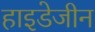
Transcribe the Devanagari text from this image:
हाइडेजीन